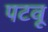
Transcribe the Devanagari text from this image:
पटवू